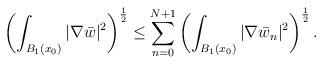
LaTeX: \begin{align*}\left(\int_{B_1(x_0)}|\nabla\bar w|^2\right)^\frac{1}{2}\le\sum_{n=0}^{N+1}\left(\int_{B_1(x_0)}|\nabla\bar w_n|^2\right)^\frac{1}{2}.\end{align*}